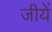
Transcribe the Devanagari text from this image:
जीयें